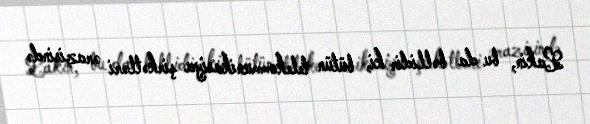
Lakin, bu da bəllidir ki, bütün telekommunikasiya şirkətləri ərazisində